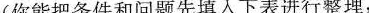
（你能把条件和问题先填入下表进行整理，